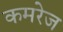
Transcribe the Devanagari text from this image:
कमरेज